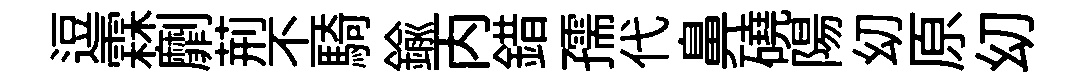
逗霖劘荊丕騎鍮丙錯孺代鼻磽陽㓜原㓜